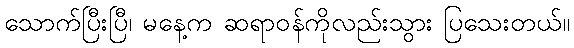
သောက်ပြီးပြီ၊ မနေ့က ဆရာဝန်ကိုလည်းသွား ပြသေးတယ်။